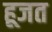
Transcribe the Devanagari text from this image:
हूजत